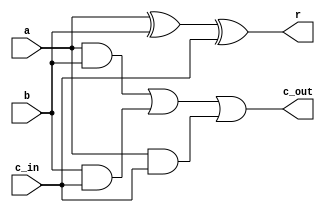
module one_bit_adder (
    input a, b, c_in, output r, c_out 
);  

    assign r = (a ^ b ^ c_in);
    assign c_out = (a & b) | (b & c_in) | (a & c_in);
    
endmodule

module eight_bit_adder(
    input wire [7:0] a, b, 
    output wire [7:0] r, output wire c_out
);

    wire [7:0] c;
    one_bit_adder adder0 (a[0], b[0], 1'b0, r[0], c[0]);
    one_bit_adder adder1 (a[1], b[1], c[0], r[1], c[1]);
    one_bit_adder adder2 (a[2], b[2], c[1], r[2], c[2]);
    one_bit_adder adder3 (a[3], b[3], c[2], r[3], c[3]);
    one_bit_adder adder4 (a[4], b[4], c[3], r[4], c[4]);
    one_bit_adder adder5 (a[5], b[5], c[4], r[5], c[5]);
    one_bit_adder adder6 (a[6], b[6], c[5], r[6], c[6]);
    one_bit_adder adder7 (a[7], b[7], c[6], r[7], c[7]);
    assign c_out = c[7];
    
endmodule